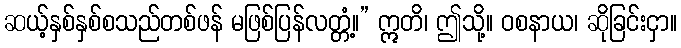
ဆယ့်နှစ်နှစ်စသည်တစ်ဖန် မဖြစ်ပြန်လတ္တံ့။” ဣတိ၊ ဤသို့။ ဝစနာယ၊ ဆိုခြင်းငှာ။